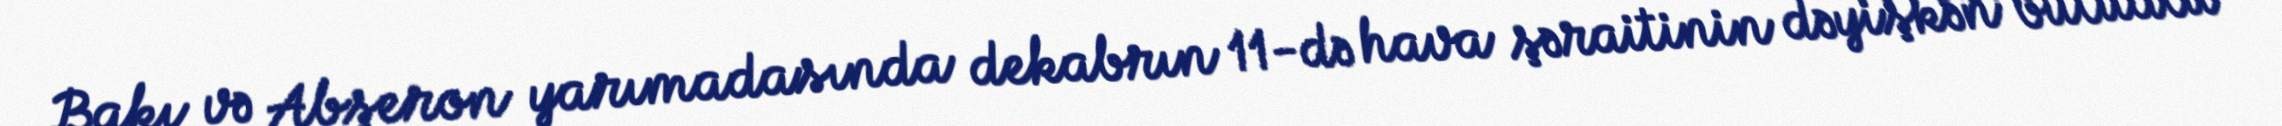
Bakı və Abşeron yarımadasında dekabrın 11-də hava şəraitinin dəyişkən buludlu